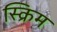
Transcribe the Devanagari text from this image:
स्क्रिम